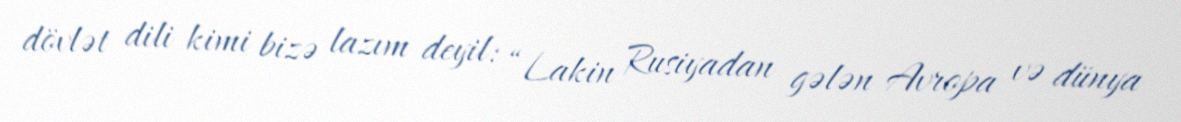
dövlət dili kimi bizə lazım deyil: “Lakin Rusiyadan gələn Avropa və dünya